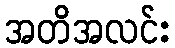
အတိအလင်း